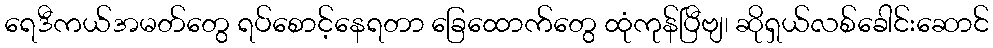
ရေဒီကယ်အမတ်တွေ ရပ်စောင့်နေရတာ ခြေထောက်တွေ ထုံကုန်ပြီဗျ၊ ဆိုရှယ်လစ်ခေါင်းဆောင်